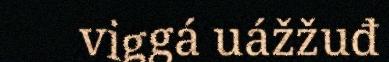
viggá uážžuđ